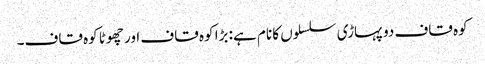
کوہ قاف دو پہاڑی سلسلوں کا نام ہے: بڑا کوہ قاف اور چھوٹا کوہ قاف۔